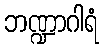
ဘဏ္ဍာဂါရံ